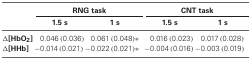
|  | <COLSPAN=2> RNG task | <COLSPAN=2> CNT task |
 |  | 1.5 s | 1 s | 1.5 s | 1 s |
 | --- | --- | --- | --- | --- |
 | Δ[HbO2] | 0.046 (0.036) | 0.061 (0.048)* | 0.016 (0.023) | 0.017 (0.028) |
 | Δ[HHb] | −0.014 (0.021) | −0.022 (0.021)* | −0.004 (0.016) | −0.003 (0.019) |